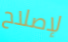
لإصلاح